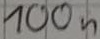
Text: 100n